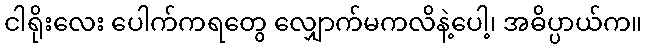
ငါရိုးလေး ပေါက်ကရတွေ လျှောက်မကလိနဲ့ပေါ့၊ အဓိပ္ပာယ်က။